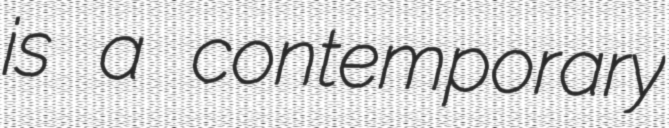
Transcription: is a contemporary